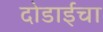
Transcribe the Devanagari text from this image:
दोडाईचा